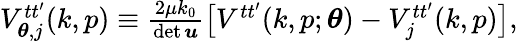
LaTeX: \begin{array}{r}{V_{\boldsymbol{\theta},j}^{tt^{\prime}}(k,p)\equiv\frac{2\mu k_{0}}{\operatorname*{det}\boldsymbol{u}}\big[V^{tt^{\prime}}(k,p;\boldsymbol{\theta})-V_{j}^{tt^{\prime}}(k,p)\big],}\end{array}